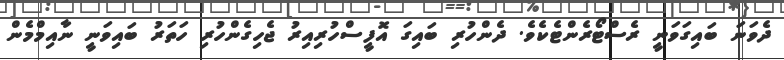
ދެވަނަ ބައިގަވަނީ ރެސްޓޯރެންޓެކެވެ. ދެންހުރި ބައިގަ އޮފީސްހުރިއިރު ޖެހިގެންހުރި ހަތަރު ބައިވަނީ ނާއިމްމެން